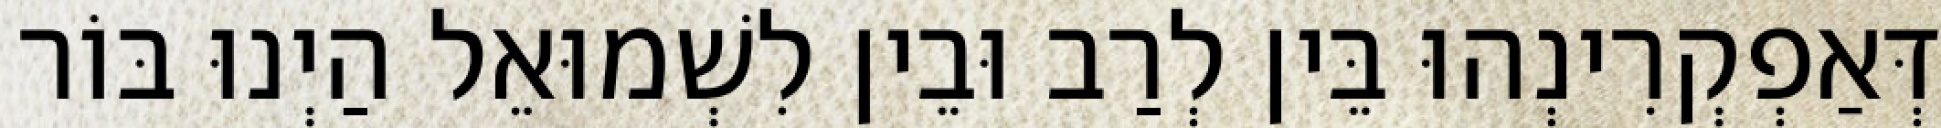
דְּאַפְקְרִינְהוּ בֵּין לְרַב וּבֵין לִשְׁמוּאֵל הַיְנוּ בּוֹר